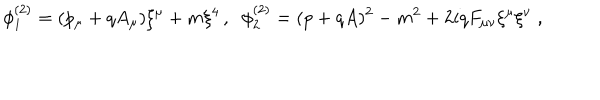
\phi _ { 1 } ^ { ( 2 ) } = ( p _ { \mu } + q A _ { \mu } ) \xi ^ { \mu } + m \xi ^ { 4 } \, , \; \; \phi _ { 2 } ^ { ( 2 ) } = ( p + q A ) ^ { 2 } - m ^ { 2 } + 2 i q F _ { \mu \nu } \xi ^ { \mu } \xi ^ { \nu } \; ,